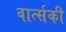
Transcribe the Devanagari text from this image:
वार्त्सकी